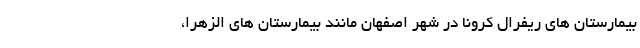
بیمارستان های ریفرال کرونا در شهر اصفهان مانند بیمارستان های الزهرا،